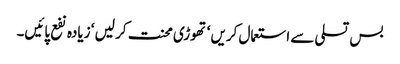
بس تسلی سے استعمال کریں ‘ تھوڑی محنت کر لیں ‘ زیادہ نفع پائیں۔